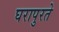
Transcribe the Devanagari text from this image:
घरापुरते